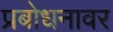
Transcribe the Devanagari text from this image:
प्रबोधनावर